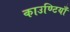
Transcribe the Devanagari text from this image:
काउण्टियाँ